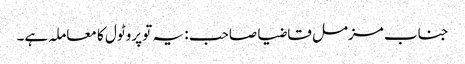
جناب مزمل قاضیا صاحب : یہ تو پروٹول کا معاملہ ہے۔